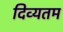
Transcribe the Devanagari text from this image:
दिव्यतम